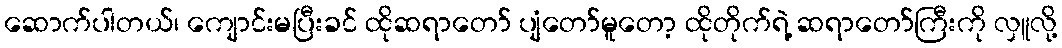
ဆောက်ပါတယ်၊ ကျောင်းမပြီးခင် ထိုဆရာတော် ပျံတော်မူတော့ ထိုတိုက်ရဲ့ ဆရာတော်ကြီးကို လှူလို့